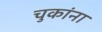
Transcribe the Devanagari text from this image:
चुकांना